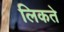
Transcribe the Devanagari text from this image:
लिकते